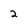
Character: 2